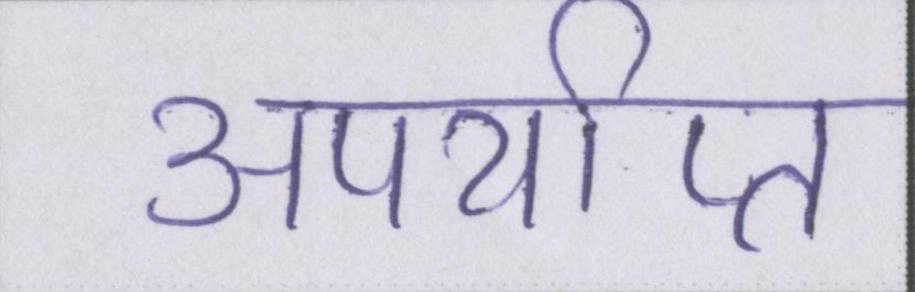
अपर्याप्त